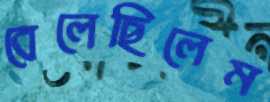
বেলেছিলেম